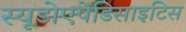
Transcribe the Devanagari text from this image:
स्यूडोएपेंडिसाइटिस